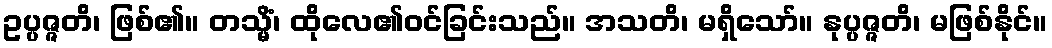
ဥပ္ပဇ္ဇတိ၊ ဖြစ်၏။ တသ္မိံ၊ ထိုလေ၏ဝင်ခြင်းသည်။ အသတိ၊ မရှိသော်။ နုပ္ပဇ္ဇတိ၊ မဖြစ်နိုင်။